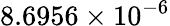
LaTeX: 8.6956\times 10^{-6}